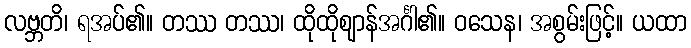
လဗ္ဘတိ၊ ရအပ်၏။ တဿ တဿ၊ ထိုထိုဈာန်အင်္ဂါ၏။ ဝသေန၊ အစွမ်းဖြင့်။ ယထာ